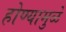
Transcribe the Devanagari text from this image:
होण्यामुळे